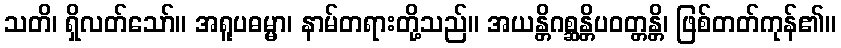
သတိ၊ ရှိလတ်သော်။ အရူပဓမ္မာ၊ နာမ်တရားတို့သည်။ အယန္တိဂစ္ဆန္တိပဝတ္တန္တိ၊ ဖြစ်တတ်ကုန်၏။